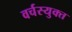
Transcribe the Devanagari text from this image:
वर्चस्युक्त